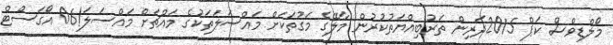
މޯލްޑިވްސް ކަޕް 2015ދަރިން ތަރުބިއްޔަތުކުރުން މާލޭގެ މަގުތަކަށް މައްސަލަތަކުގެ މައްޗަށް މައްސަލަ!06 އޯގަސްޓް